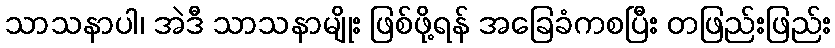
သာသနာပါ၊ အဲဒီ သာသနာမျိုး ဖြစ်ဖို့ရန် အခြေခံကစပြီး တဖြည်းဖြည်း